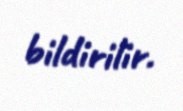
bildirilir.